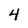
Character: 4